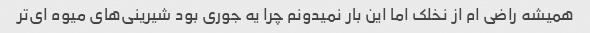
همیشه راضی ام از نخلک اما این بار نمیدونم چرا یه جوری بود شیرینی‌های میوه ای‌تر